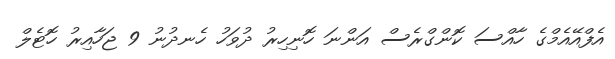
އެފްއޭއެމްގެ ހާއްސަ ކޮންގްރެސް އަންނަ ހޮނިހިރު ދުވަހު ހެނދުނު 9 ޖަހާއިރު ހޮޓެލް